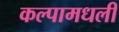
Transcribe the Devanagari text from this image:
कल्पामधली